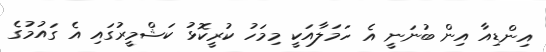
އިންޑިއާ އިން ބުނަނީ އެ ހަމަލާއަކީ މިމަހު ކުރީކޮޅު ކަޝްމީރުގައި އެ ގައުމުގެ